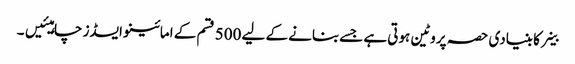
خلیے کا بنیادی حصہ پروٹین ہوتی ہے جسےبنانے کے لیے 500 قسم کے امائینو ایسڈز چاہیئیں۔